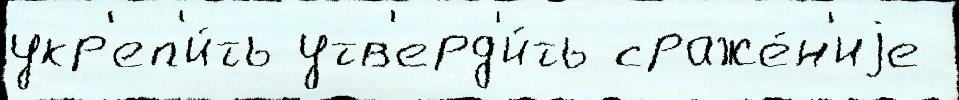
укр'еп'и́ть утв'ерд'и́ть сраже́н'иjе